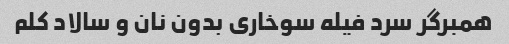
همبرگر سرد فیله سوخاری بدون نان و سالاد کلم